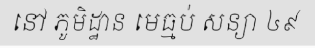
នៅ ភូមិដ្ឋាន មេធ្មប់ សន្យា ៤៩